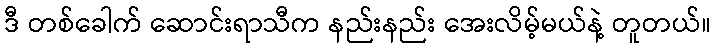
ဒီ တစ်ခေါက် ဆောင်းရာသီက နည်းနည်း အေးလိမ့်မယ်နဲ့ တူတယ်။